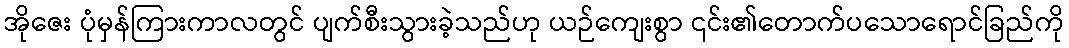
အိုဇေး ပုံမှန်ကြားကာလတွင် ပျက်စီးသွားခဲ့သည်ဟု ယဉ်ကျေးစွာ ၎င်း၏တောက်ပသောရောင်ခြည်ကို